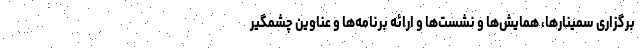
برگزاری سمینارها، همایش‌ها و نشست‌ها و ارائه برنامه‌ها و عناوین چشمگیر